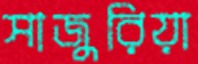
সাজুরিয়া